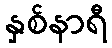
နှစ်နာရီ